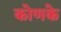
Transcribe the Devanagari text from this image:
कोणके